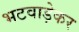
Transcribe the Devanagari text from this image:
भटवाड़ेकर